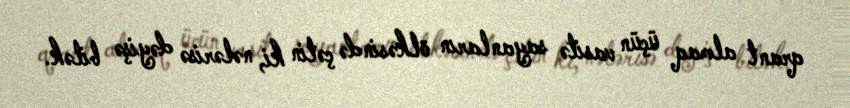
qrant almaq üçün vasitə sayanların ölkəsində çətin ki, nələrisə dəyişə bilək.